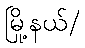
မြို့နယ်/